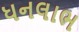
ધનલાભ